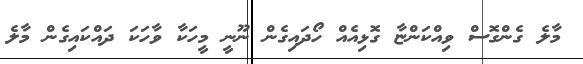
މާލެ ގެންގޮސް ވިއްކަންޏާ ގޮޅިއެއް ހޯދައިގެން ނޫނީ މީހަކާ ވާހަކަ ދައްކައިގެން މާލެ